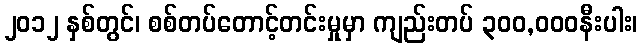
၂၀၁၂ နှစ်တွင်၊ စစ်တပ်တောင့်တင်းမှုမှာ ကျည်းတပ် ၃၀၀,၀၀၀နီးပါး၊